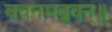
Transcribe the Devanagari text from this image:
वचनमब्रुवन्॥